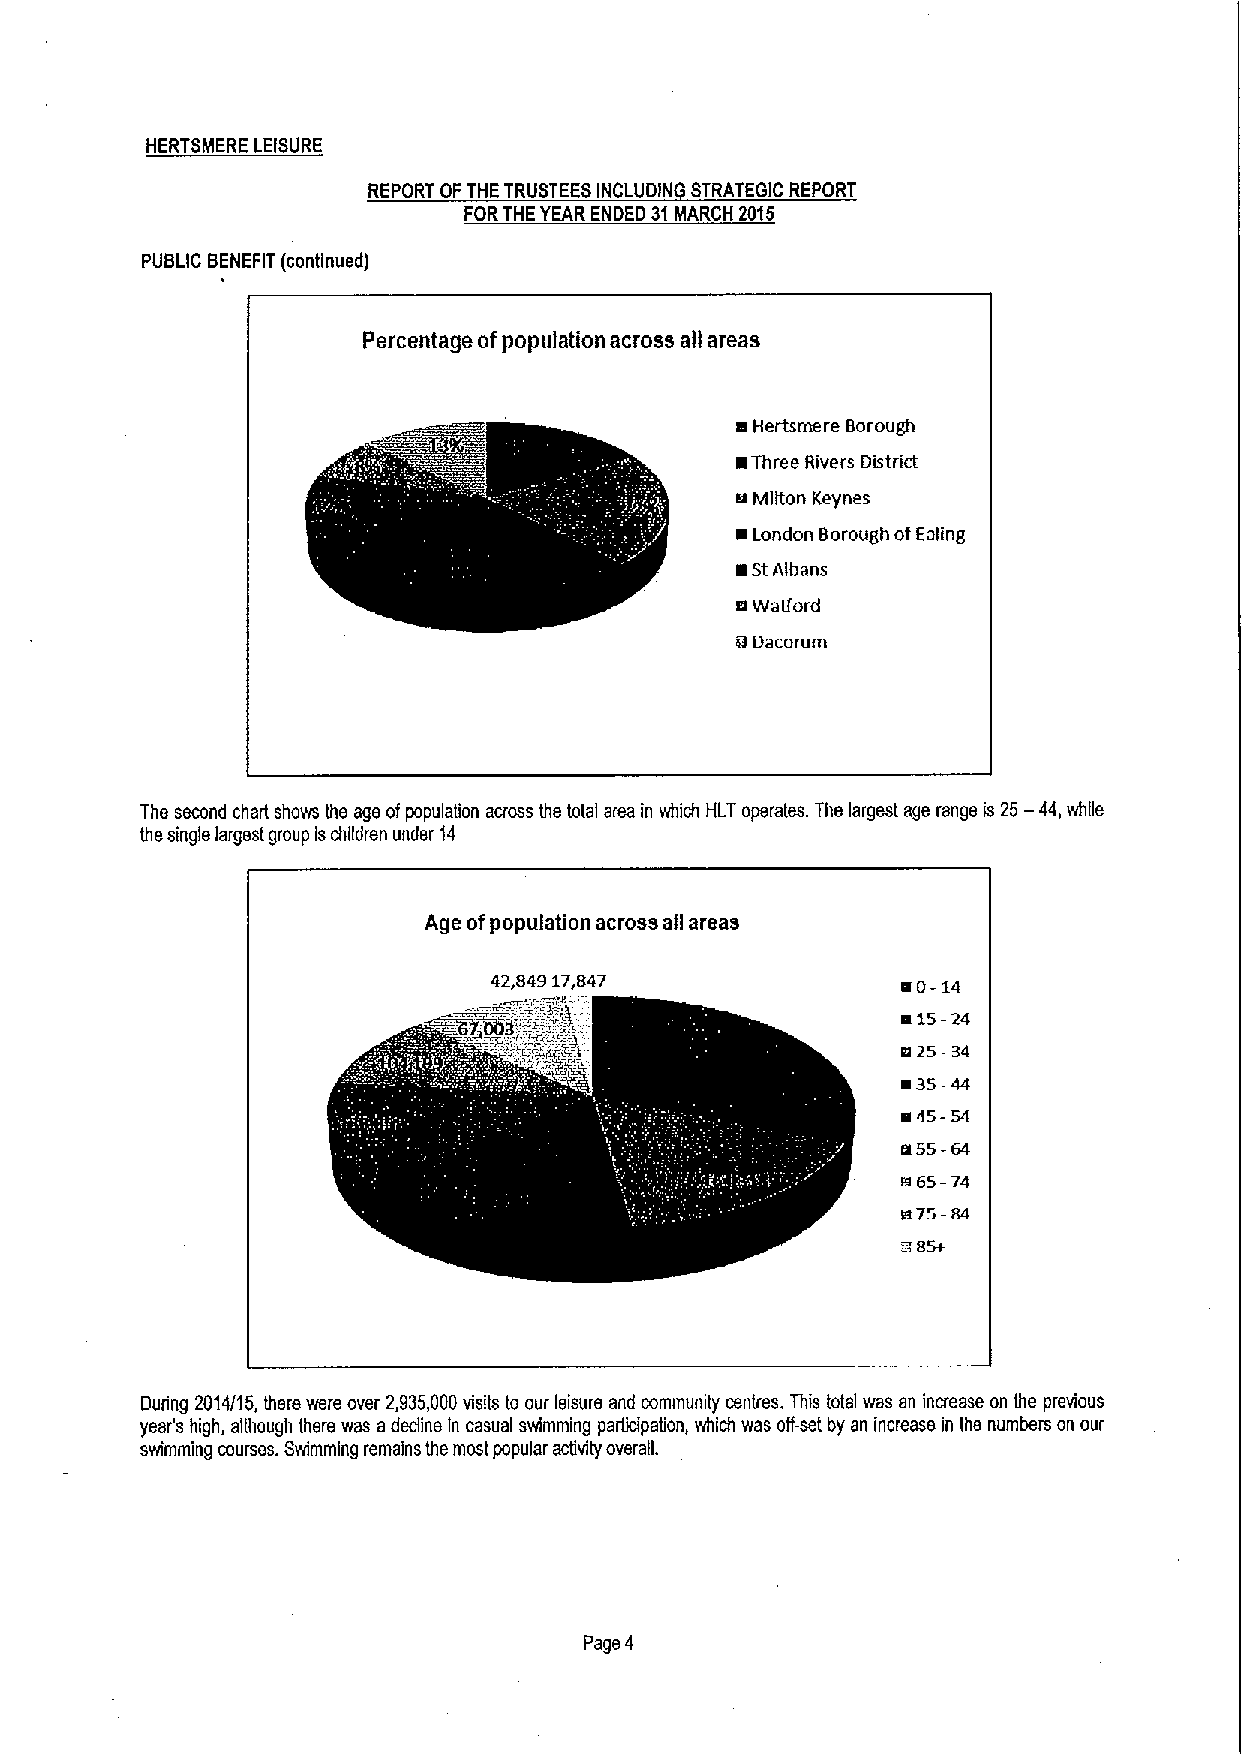
HERTSMERE LEISURE
 REPORT OFTHE TRUSTEES INCLUDIN STRATEGIC REPORT
 FORTHE YEAR ENDED 31MARCH 2015
 PUBLIC BENEFIT (continued)
 Percentage ofpopulation across all areas
 a Hertsmere Borough
 ~Three Rivers District
 a Milton Keynes
 ~London Borough ofEating
 ~5tAlbans
 awatford
 u Dacorum
 —
 The second chart shows the age ofpopulation across the total area in which HLT operates. The largest age range is 25 44,while
 the single largest group ischildren under 14
 Age ofpopulation across all areas
 42,84917,847                an-14
 a15-24
 a 25-34
 ~35-44
 a45-54
 a55—64
 a65-74
 a75-84
 85+
 ~
 During 2014/15, there were over 2,935,000visits to our leisure and community centres. This total was an increase on the previous
 year's high, although there was adedine In casual swimming participation, which was off-set by an increase in the numbers on our
 swimming courses. Swimming remains the most popular activity overall.
 Page 4